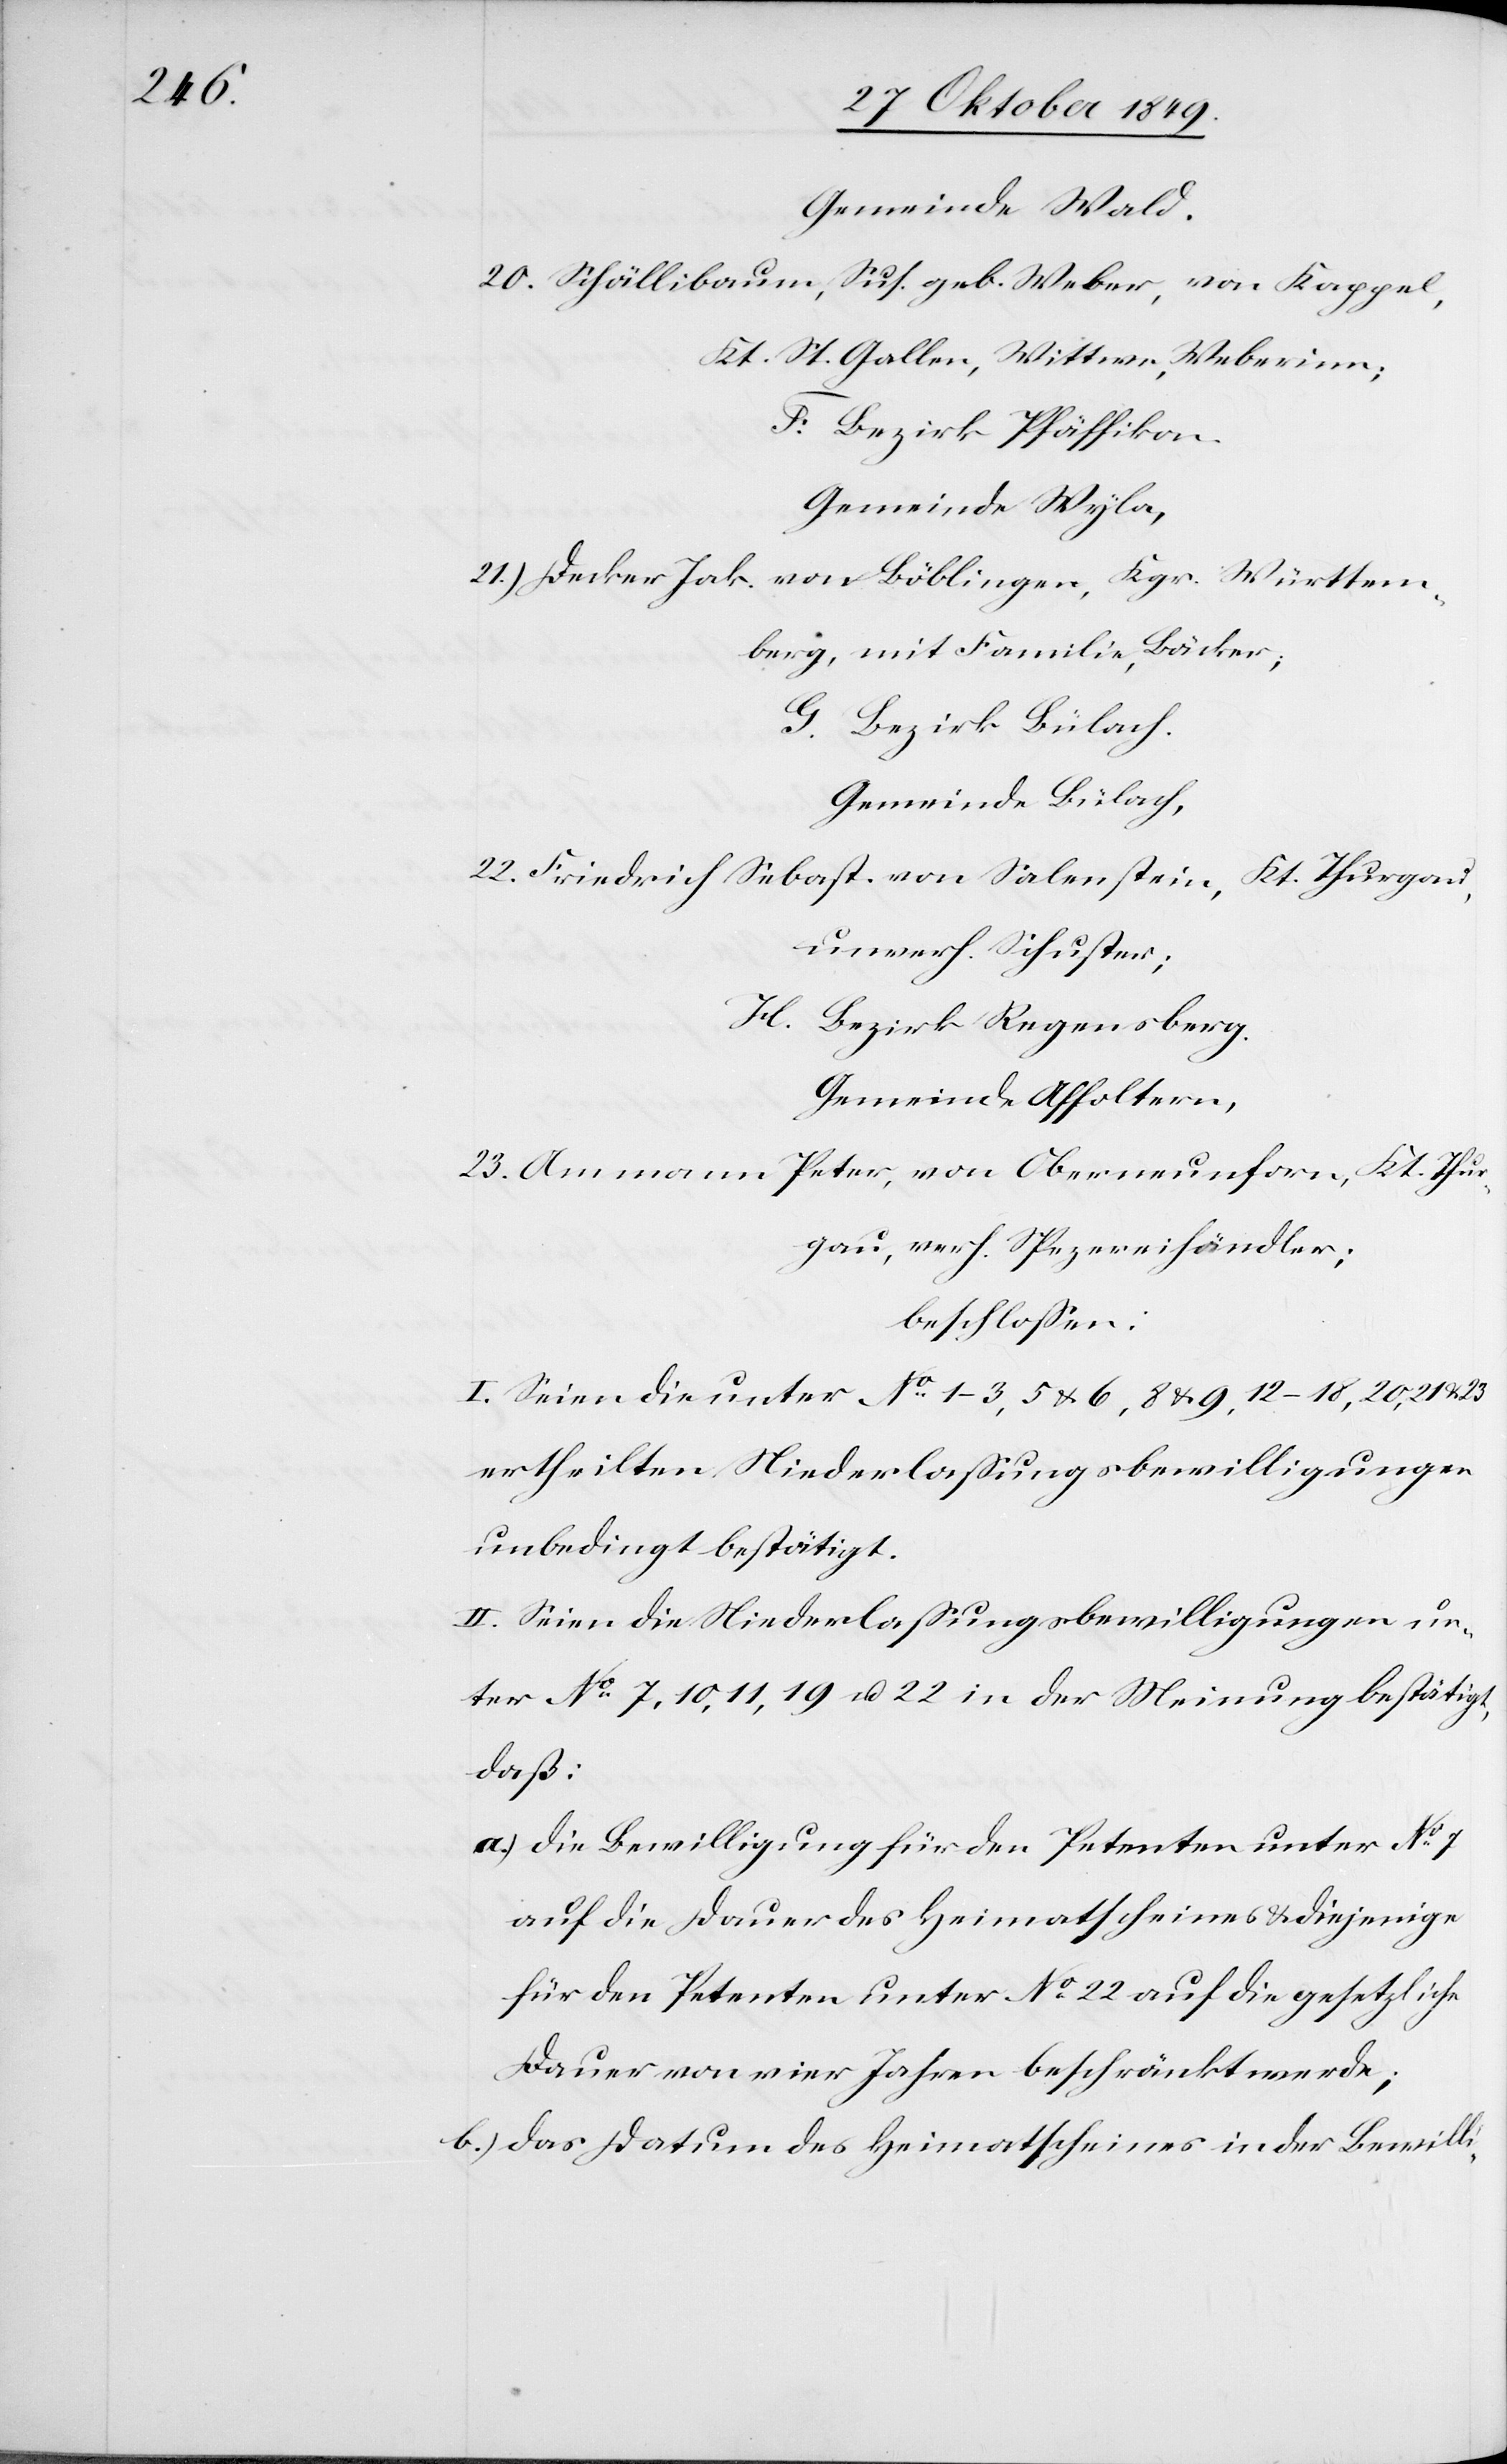
Gemeinde Wald.
20. Schällibaum, Sus. Geb. Weber, von Kappel,
F. Bezirk Pfäffikon.
Gemeinde Wyla,
21.) Decker Jak. von Böblingen, Kgr. Württem¬
berg, mit Familie,
G. Bezirk Bülach.
Gemeinde Bülach,
22. Friedrich Sebast. von Salenstein, Kt. Thurgau,
unverh. Schuster;
H. Bezirk Regensberg.
Gemeinde Affoltern,
23. Ammann Peter, von Oberneunforn, Kt. Thurgau,
verh. Spezereihändler;
beschloßen:
I. Seien die unter N° 1–3, 5 u. 6, 8 u. 9, 12-18, 20, 21 u.
ertheilten Niederlaßungsbewilligungen
unbedingt bestätigt.
II. Seien die Niederlaßungsbewilligungen un¬
ter N° 7, 10, 11, 19 u. 22 in der Meinung bestätigt,
daß:
a.) die Bewilligung für den Petenten unter N° 7
auf die Dauer des Heimatscheines u. diejenige
für den Petenten unter N° 22 auf die gesetzliche
Dauer von vier Jahren beschränkt werde;
b) das Datum des Heimatscheines in der Bewilli-